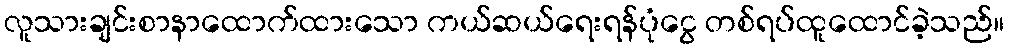
လူသားချင်းစာနာထောက်ထားသော ကယ်ဆယ်ရေးရန်ပုံငွေ တစ်ရပ်ထူထောင်ခဲ့သည်။